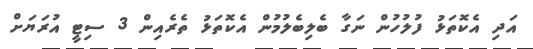
އަދި އެކޮތަޅު ފުލުހުން ނަގާ ބެލިބެލުމުން އެކޮތަޅު ތެރެއިން 3 ސިޓީ އުރަޔަށް